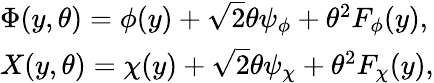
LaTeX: \begin{array}{l}{{\Phi(y,\theta)=\phi(y)+\sqrt{2}\theta\psi_{\phi}+\theta^{2}F_{\phi}(y),}}\\ {{X(y,\theta)=\chi(y)+\sqrt{2}\theta\psi_{\chi}+\theta^{2}F_{\chi}(y),}}\end{array}